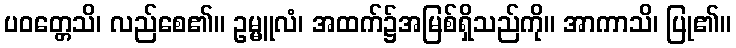
ပဝတ္တေသိ၊ လည်စေ၏။ ဥမ္မူလံ၊ အထက်၌အမြစ်ရှိသည်ကို။ အာကာသိ၊ ပြု၏။